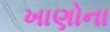
ખાણોના